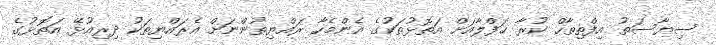
ސިޔާސަތު އިފްތިތާހް ކުރާ ޙަފްލާއަށް އަތޮޅުތަކުގެ އެންމެހާ ރައްޔިތުންނަށް އެރައްޔިތަކު ދިރިއުޅޭ އަތޮޅުގެ